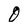
Character: 0